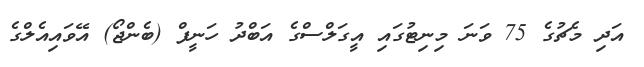
އަދި މެޗުގެ 75 ވަނަ މިނިޓުގައި އީގަލްސްގެ އަބްދު ހަނީފް (ބެންޖޯ) އޭވައިއެލްގެ